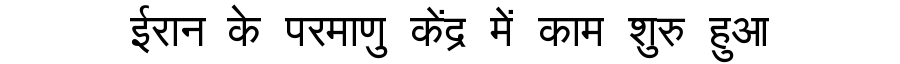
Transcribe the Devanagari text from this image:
ईरान के परमाणु केंद्र में काम शुरु हुआ